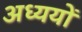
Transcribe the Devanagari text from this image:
अध्ययों